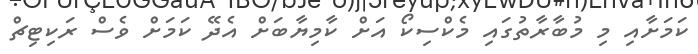
ކަމަށާއި މި މުބާރާތުގައި މެކްސިކޯ އަށް ކާމިޔާބަށް އެދޭ ކަމަށް ވެސް ރަކިޓިޗް